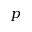
p